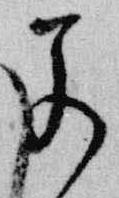
若